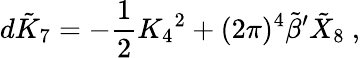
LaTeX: d\tilde{K}_{7}=-{\frac{1}{2}}K_{4}{}^{2}+(2\pi)^{4}{\tilde{\beta}}^{\prime}{\tilde{X}}_{8}\ ,